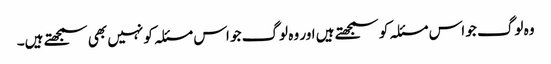
وہ لوگ جو اس مسئلہ کو سمجھتے ہیں اور وہ لوگ جو اس مسئلہ کو نہیں بھی سمجھتے ہیں۔